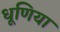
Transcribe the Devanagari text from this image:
धूणिया